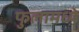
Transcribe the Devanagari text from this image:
फुलामध्ये